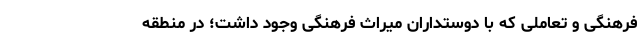
فرهنگی و تعاملی که با دوستداران میراث فرهنگی وجود داشت؛ در منطقه